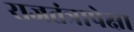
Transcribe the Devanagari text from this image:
राजतंत्रापेक्षा